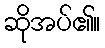
ဆိုအပ်၏။